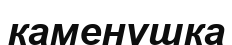
каменушка